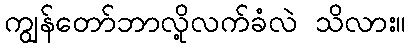
ကျွန်တော်ဘာလို့လက်ခံလဲ သိလား။